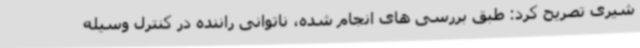
شیری تصریح کرد: طبق بررسی های انجام شده، ناتوانی راننده در کنترل وسیله